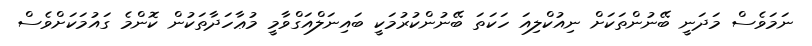
ނަމަވެސް މަދަނީ ބޭނުންތަކަށް ނިއުކްލިއަ ހަކަތަ ބޭނުންކުރުމަކީ ބައިނަލްއަގްވާމީ މުޢާހަދާތަކުން ކޮންމެ ގައުމަކަށްވެސް